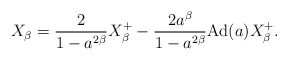
\begin{align*}X_\beta=\frac{2}{1-a^{2\beta}}X_\beta^+ - \frac{2a^\beta}{1-a^{2\beta}} \textrm{Ad}(a)X_\beta^+.\end{align*}